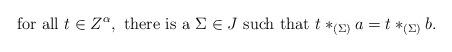
LaTeX: \begin{align*}\textrm{for all }t \in Z^\alpha, \textrm{ there is a } \Sigma \in J \textrm{ such that }t*_{(\Sigma)}a=t*_{(\Sigma)}b.\end{align*}